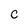
Character: C